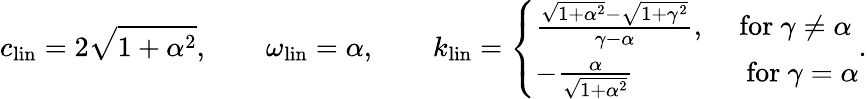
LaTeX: c_{\mathrm{lin}}=2\sqrt{1+\alpha^{2}},\qquad\omega_{\mathrm{lin}}=\alpha,\qquad k_{\mathrm{lin}}=\left\{ \begin{array}{ll}{\frac{\sqrt{1+\alpha^{2}}-\sqrt{1+\gamma^{2}}}{\gamma-\alpha},}&{\, \, \mathrm{for~}\gamma\neq\alpha}\\ {-\frac{\alpha}{\sqrt{1+\alpha^{2}}}}&{\, \, \mathrm{~for~}\gamma=\alpha}\end{array}\right..